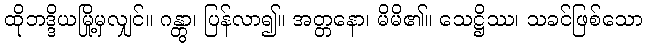
ထိုဘဒ္ဒိယမြို့မှလျှင်။ ဂန္တွာ၊ ပြန်လာ၍။ အတ္တနော၊ မိမိ၏။ သေဋ္ဌိဿ၊ သခင်ဖြစ်သော